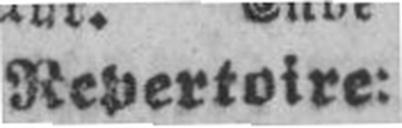
Repertoire: